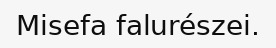
Misefa falurészei.